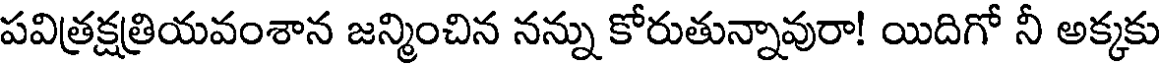
పవిత్రక్షత్రియవంశాన జన్మించిన నన్ను కోరుతున్నావురా! యిదిగో నీ అక్కకు